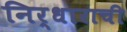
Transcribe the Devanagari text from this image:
निर्धाराची